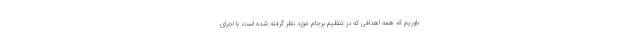
باوریم که همه اهدافی که در تنظیم برجام مورد نظر گرفته شده است با اجرای